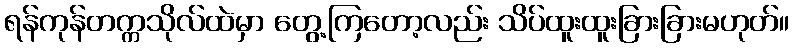
ရန်ကုန်တက္ကသိုလ်ထဲမှာ တွေ့ကြတော့လည်း သိပ်ထူးထူးခြားခြားမဟုတ်။